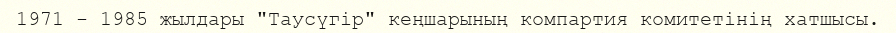
1971 - 1985 жылдары "Таусүгір" кеңшарының компартия комитетінің хатшысы.